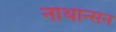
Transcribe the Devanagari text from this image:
नाथान्सन